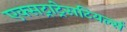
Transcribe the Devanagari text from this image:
एक्सट्राट्रेसटियर्ल्स